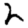
Digit: 2